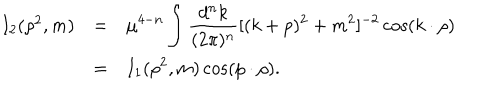
LaTeX: \begin{array} { r c l } { { I _ { 2 } ( \rho ^ { 2 } , m ) } } & { { = } } & { { \displaystyle \mu ^ { 4 - n } \int \frac { d ^ { n } k } { ( 2 \pi ) ^ { n } } [ ( k + p ) ^ { 2 } + m ^ { 2 } ] ^ { - 2 } \cos ( k \cdot \rho ) } } \\ { { } } & { { = } } & { { \displaystyle I _ { 1 } ( \rho ^ { 2 } , m ) \cos ( p \cdot \rho ) . } } \\ \end{array}